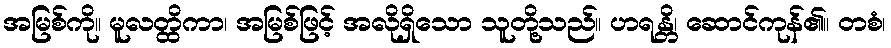
အမြစ်ကို။ မူလတ္ထိကာ၊ အမြစ်ဖြင့် အလိုရှိသော သူတို့သည်။ ဟရန္တိ၊ ဆောင်ကုန်၏။ တစံ၊